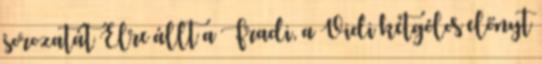
sorozatát Élre állt a Fradi, a Vidi kétgólos előnyt